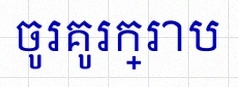
ចូរគូរក្រាប